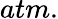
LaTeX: atm.